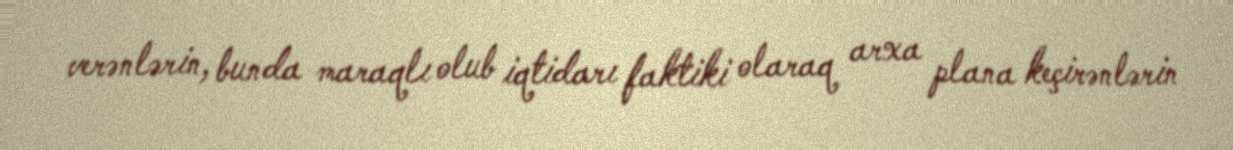
verənlərin, bunda maraqlı olub iqtidarı faktiki olaraq arxa plana keçirənlərin